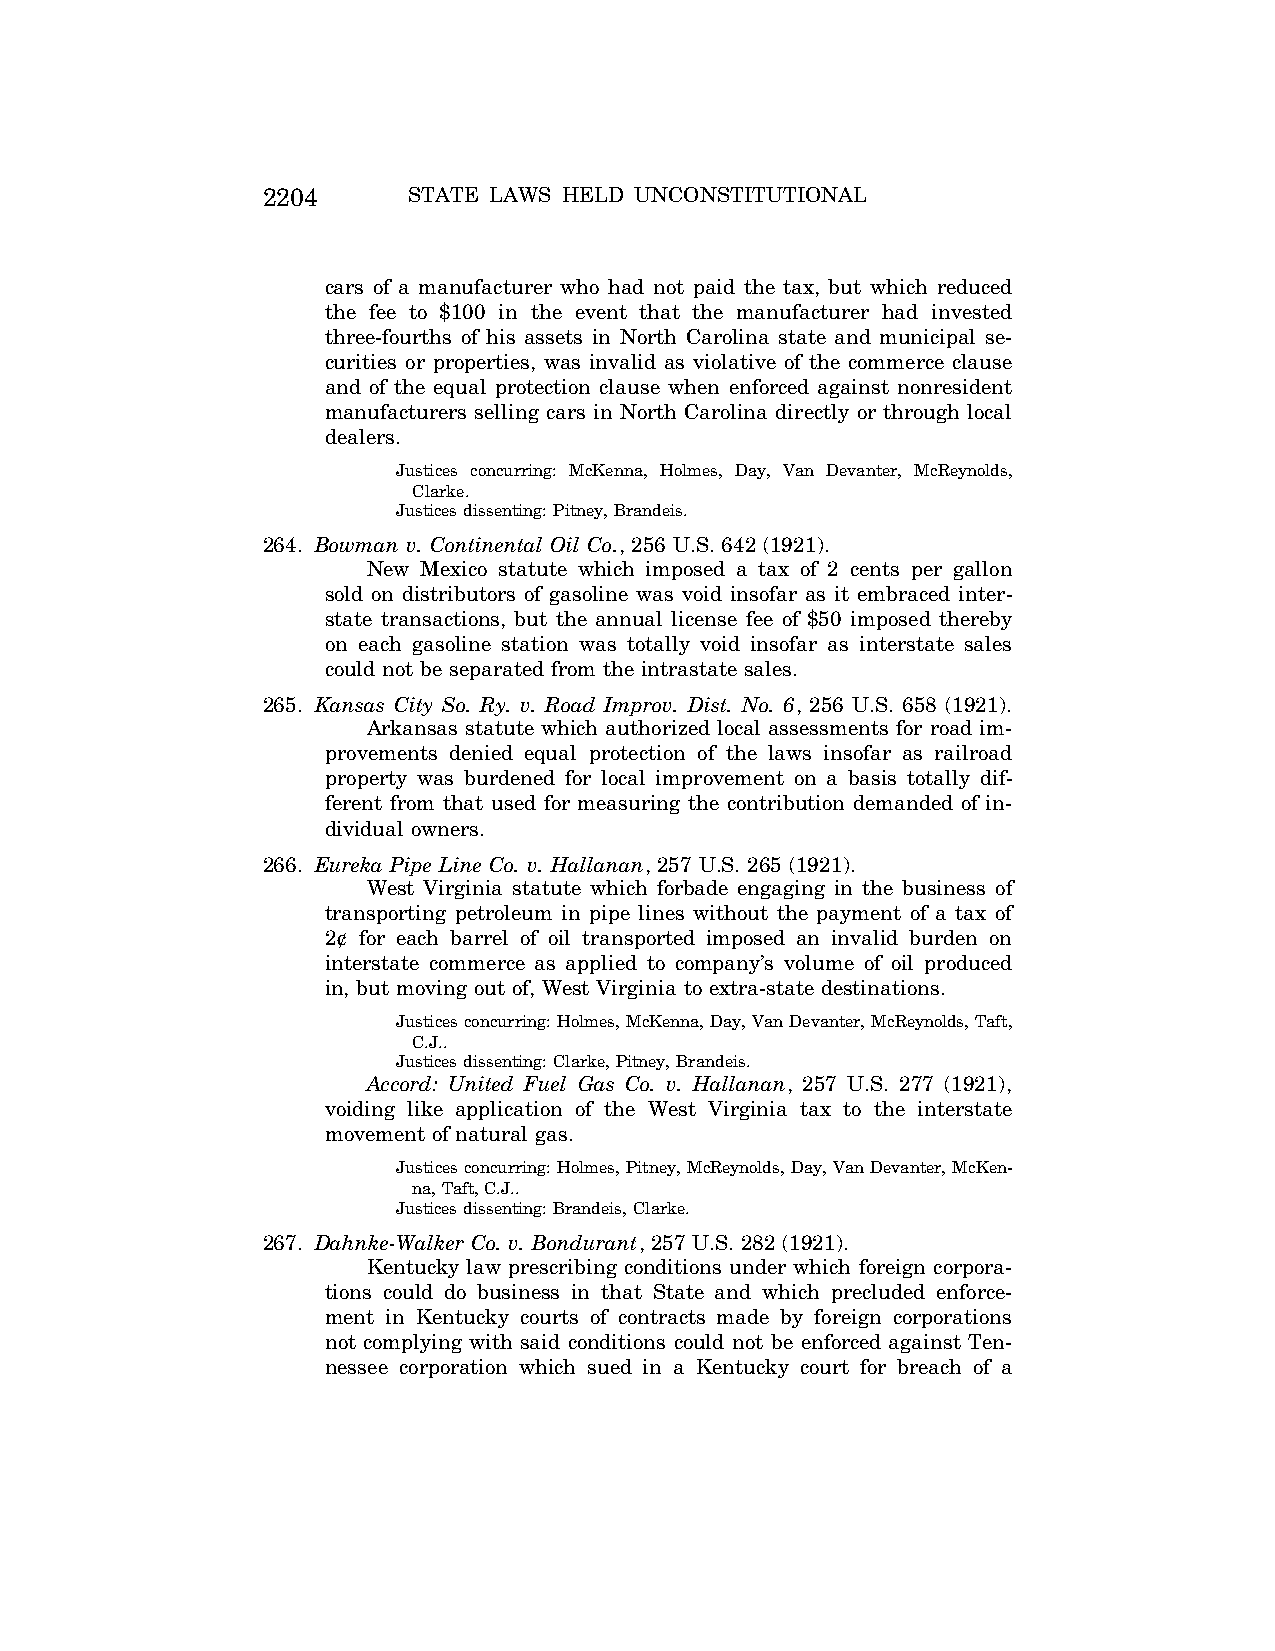
2204      STATE LAWS HELD UNCONSTITUTIONAL
 cars of a manufacturer who had not paid the tax, but which reduced
 the fee to $100 in the event that the manufacturer had invested
 three-fourths of his assets in North Carolina state and municipal se-
 curities or properties, was invalid as violative of the commerce clause
 and of the equal protection clause when enforced against nonresident
 manufacturers selling cars in North Carolina directly or through local
 dealers.
 Justices concurring: McKenna, Holmes, Day, Van Devanter, McReynolds,
 Clarke.
 Justices dissenting: Pitney, Brandeis.
 264. Bowman v. Continental Oil Co., 256 U.S. 642 (1921).
 New Mexico statute which imposed a tax of 2 cents per gallon
 sold on distributors of gasoline was void insofar as it embraced inter-
 state transactions, but the annual license fee of $50 imposed thereby
 on each gasoline station was totally void insofar as interstate sales
 could not be separated from the intrastate sales.
 265. Kansas City So. Ry. v. Road Improv. Dist. No. 6, 256 U.S. 658 (1921).
 Arkansas statute which authorized local assessments for road im-
 provements denied equal protection of the laws insofar as railroad
 property was burdened for local improvement on a basis totally dif-
 ferent from that used for measuring the contribution demanded of in-
 dividual owners.
 266. Eureka Pipe Line Co. v. Hallanan, 257 U.S. 265 (1921).
 West Virginia statute which forbade engaging in the business of
 transporting petroleum in pipe lines without the payment of a tax of
 2¢ for each barrel of oil transported imposed an invalid burden on
 interstate commerce as applied to company’s volume of oil produced
 in, but moving out of, West Virginia to extra-state destinations.
 Justices concurring: Holmes, McKenna, Day, Van Devanter, McReynolds, Taft,
 C.J..
 Justices dissenting: Clarke, Pitney, Brandeis.
 Accord: United Fuel Gas Co. v. Hallanan, 257 U.S. 277 (1921),
 voiding like application of the West Virginia tax to the interstate
 movement of natural gas.
 Justices concurring: Holmes, Pitney, McReynolds, Day, Van Devanter, McKen-
 na, Taft, C.J..
 Justices dissenting: Brandeis, Clarke.
 267. Dahnke-Walker Co. v. Bondurant, 257 U.S. 282 (1921).
 Kentucky law prescribing conditions under which foreign corpora-
 tions could do business in that State and which precluded enforce-
 ment in Kentucky courts of contracts made by foreign corporations
 not complying with said conditions could not be enforced against Ten-
 nessee corporation which sued in a Kentucky court for breach of a
 VerDate Aug<04>2004 12:57 Aug 23, 2004 Jkt 077500 PO 00000 Frm 00044 Fmt 8222 Sfmt 8222 C:\CONAN\CON064.SGM PRFM99 PsN: CON064